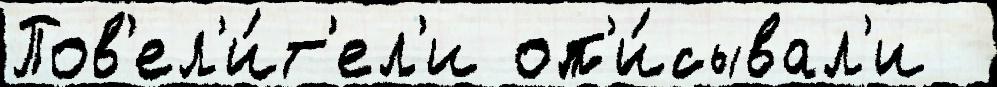
Пов'ел'и́т'ел'и оп'и́сывал'и